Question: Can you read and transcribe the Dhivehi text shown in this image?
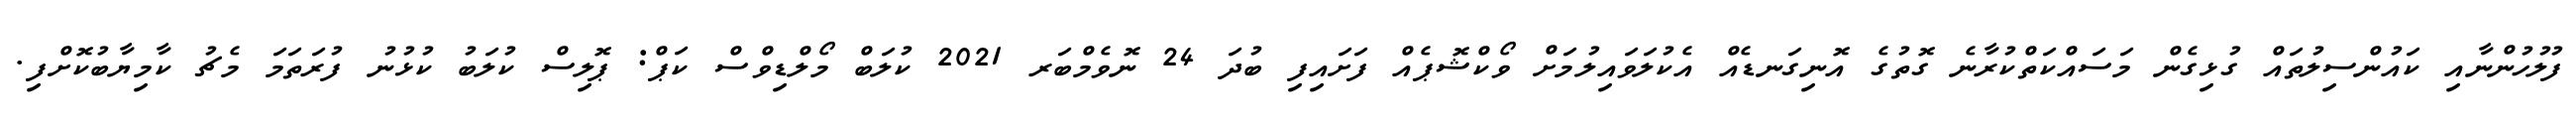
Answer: ފުލުހުންނާއި ކައުންސިލުތައް ގުޅިގެން މަސައްކަތްކުރާނެ ގޮތުގެ އޮނިގަނޑެއް އެކުލަވައިލުމަށް ވޯކްޝޮޕެއް ފަށައިފި ބުދަ 24 ނޮވެމްބަރ 2021 ކުލަބް މޯލްޑިވްސް ކަޕް: ޕޮލިސް ކުލަބު ކުޅުނު ފުރަތަމަ މެޗު ކާމިޔާބުކޮށްފި.